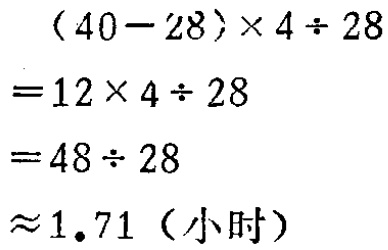
\[(40 - 28)\times4\div28 \\

= 12\times4\div28 \\

= 48\div28 \\

\approx1.71 (\text{小时})\]